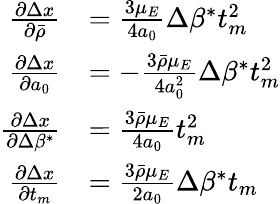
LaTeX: \begin{array}{rl}{\frac{\partial\Delta x}{\partial\bar{\rho}}}&{=\frac{3\mu_{E}}{4a_{0}}\Delta\beta^{*}t_{m}^{2}}\\ {\frac{\partial\Delta x}{\partial a_{0}}}&{=-\frac{3\bar{\rho}\mu_{E}}{4a_{0}^{2}}\Delta\beta^{*}t_{m}^{2}}\\ {\frac{\partial\Delta x}{\partial\Delta\beta^{*}}}&{=\frac{3\bar{\rho}\mu_{E}}{4a_{0}}t_{m}^{2}}\\ {\frac{\partial\Delta x}{\partial t_{m}}}&{=\frac{3\bar{\rho}\mu_{E}}{2a_{0}}\Delta\beta^{*}t_{m}}\end{array}